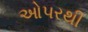
ઓપરથી